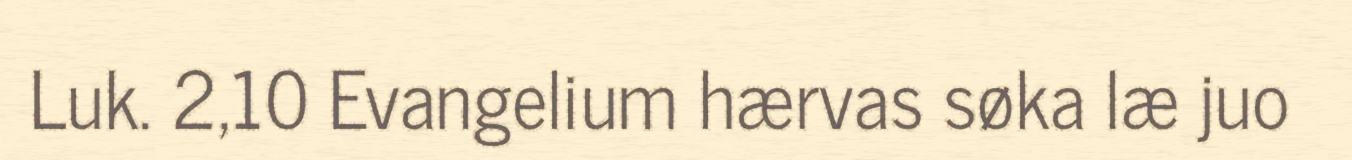
Luk. 2,10 Evangelium hærvas søka læ juo